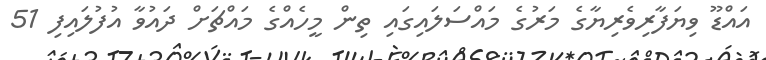
އައްޑޫ ވިޔަފާރިވެރިޔާގެ މަރުގެ މައްސަލައިގައި ތިން މީހެއްގެ މައްޗަށް ދައުވާ އުފުލައިފި 51